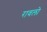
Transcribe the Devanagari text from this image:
रावलो